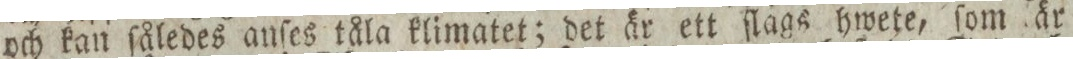
och kan ſåledes anſes tåla klimatet; det är ett ſlags hwete, ſom är